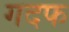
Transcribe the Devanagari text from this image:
गदफ